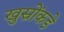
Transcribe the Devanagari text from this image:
खुस्रोंकडे